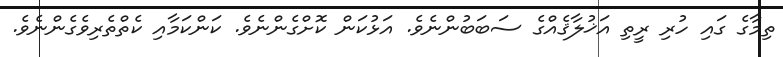
ތިމާގެ ގައި ހުރި ރީތި އަޚުލާޤެއްގެ ސަބަބުންނެވެ. އަޅުކަން ކޮށްގެންނެވެ. ކަންކަމާއި ކެތްތެރިވެގެންނެވެ.